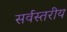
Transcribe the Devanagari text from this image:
सर्वस्तरीय